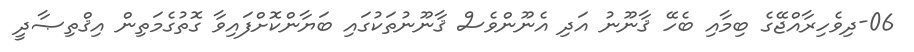
06-ދިވެހިރާއްޖޭގެ ބިމާއި ބެހޭ ޤާނޫނު އަދި އެނޫންވެސް ޤާނޫނުތަކުގައި ބަޔާންކޮށްފައިވާ ގޮތުގެމަތިން އިޤްތިޞާދީ